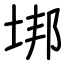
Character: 垹